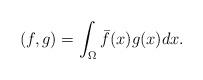
LaTeX: \begin{align*}(f,g) = \int_{\Omega} \bar f(x) g(x) dx.\end{align*}